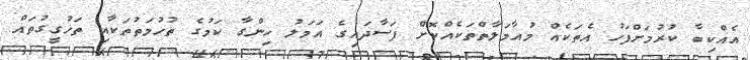
އެއްކިބާ ކުރުމަށްފަހު އެތަކެއް މުއާމަލާތްތަކެއްކޮށް ފަސާދައިގެ އަމަލު ހިންގާ ކަމުގެ ތުހުމަތުތަކާއި ތަހުގީގުތައް